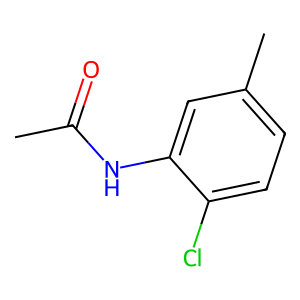
SMILES: CC(=O)Nc1cc(C)ccc1Cl
Inhibits HIV replication: No